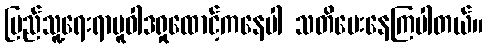
ပြည်သူ့ရေးရာမူဝါဒရှုထောင့်ကနေပါ သတိပေးနေကြပါတယ်။